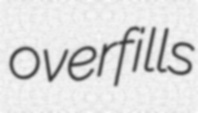
overfills